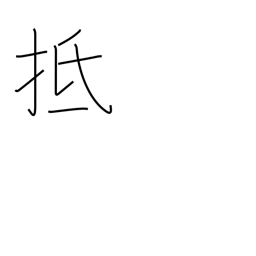
Meaning: touch